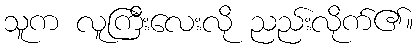
သူက လူကြီးလေးလို ညည်းလိုက်၏။